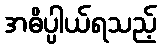
အဓိပ္ပါယ်ရသည့်